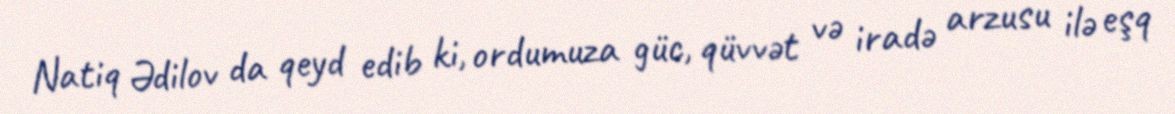
Natiq Ədilov da qeyd edib ki, ordumuza güc, qüvvət və iradə arzusu ilə eşq